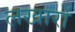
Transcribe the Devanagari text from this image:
लखारों